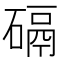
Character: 䃒